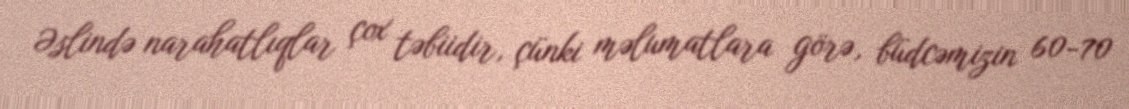
Əslində narahatlıqlar çox təbiidir, çünki məlumatlara görə, büdcəmizin 60-70